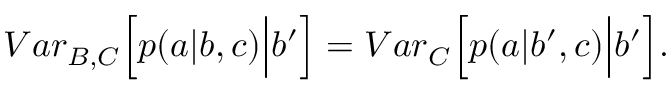
{ V a r } _ { B , C } \Big [ p ( a | b , c ) \Big | b ^ { \prime } \Big ] = { V a r } _ { C } \Big [ p ( a | b ^ { \prime } , c ) \Big | b ^ { \prime } \Big ] .